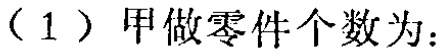
（1）甲做零件个数为：